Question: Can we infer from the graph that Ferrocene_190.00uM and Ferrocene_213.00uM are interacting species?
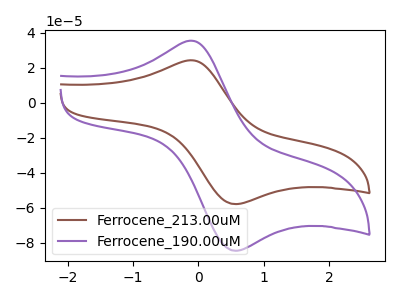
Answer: <think>The brown curve "Ferrocene_213.00uM" has an anodic peak at (-0.10V, 24.25uA) and a cathodic peak at (0.55V, -57.95uA). The purple curve "Ferrocene_190.00uM" has an anodic peak at (-0.10V, 35.40uA) and a cathodic peak at (0.55V, -84.65uA).
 All the peaks in "Ferrocene_190.00uM" have a peak in "Ferrocene_213.00uM" at the same potential. Every peak in "Ferrocene_190.00uM" is higher than every peak in "Ferrocene_213.00uM".</think>
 <answer>No, "Ferrocene_190.00uM" and "Ferrocene_213.00uM" don't appear to be significantly different in shape</answer>
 <eval>no_change</eval>